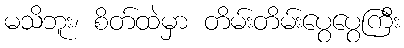
မသိဘူး၊ စိတ်ထဲမှာ တိမ်းတိမ်းပွေပွေကြီး